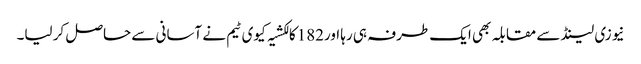
نیوزی لینڈ سے مقابلہ بھی ایک طرفہ ہی رہا اور182کا لکشیہ کیوی ٹیم نے آسانی سے حاصل کر لیا۔